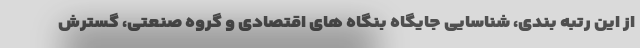
از این رتبه بندی، شناسایی جایگاه بنگاه های اقتصادی و گروه صنعتی، گسترش